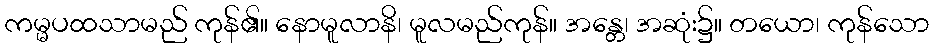
ကမ္မပထသာမည် ကုန်၏။ နောမူလာနိ၊ မူလမည်ကုန်။ အန္တေ၊ အဆုံး၌။ တယော၊ ကုန်သော